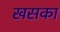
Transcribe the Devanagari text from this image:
खसका